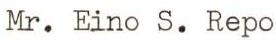
Mr. Eino S. Repo